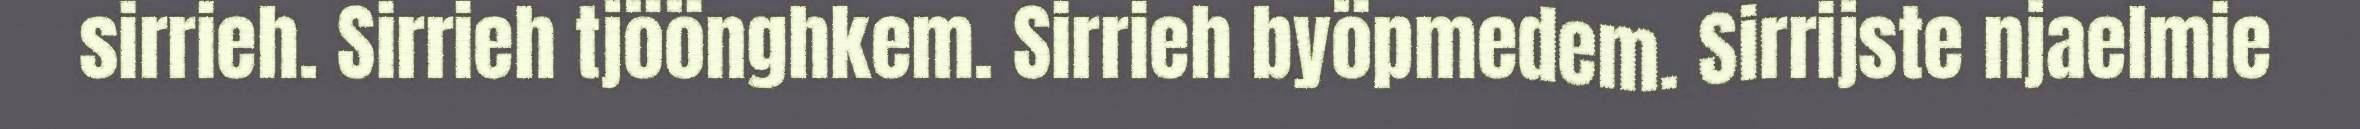
sirrieh. Sirrieh tjöönghkem. Sirrieh byöpmedem. Sirrijste njaelmie